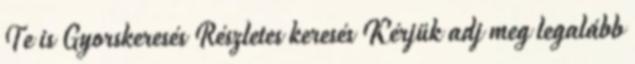
Te is Gyorskeresés Részletes keresés Kérjük adj meg legalább